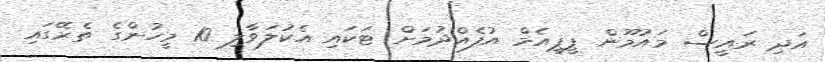
އަދި ރައީސް މައުމޫން ޕީޕީއެމް އުފެއްދުމަށް ޓަކައި އެކުލަވާލި 10 މީހުންގެ ތެރޭގައި